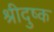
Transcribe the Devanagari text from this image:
श्रीदुष्क